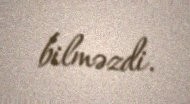
bilməzdi.